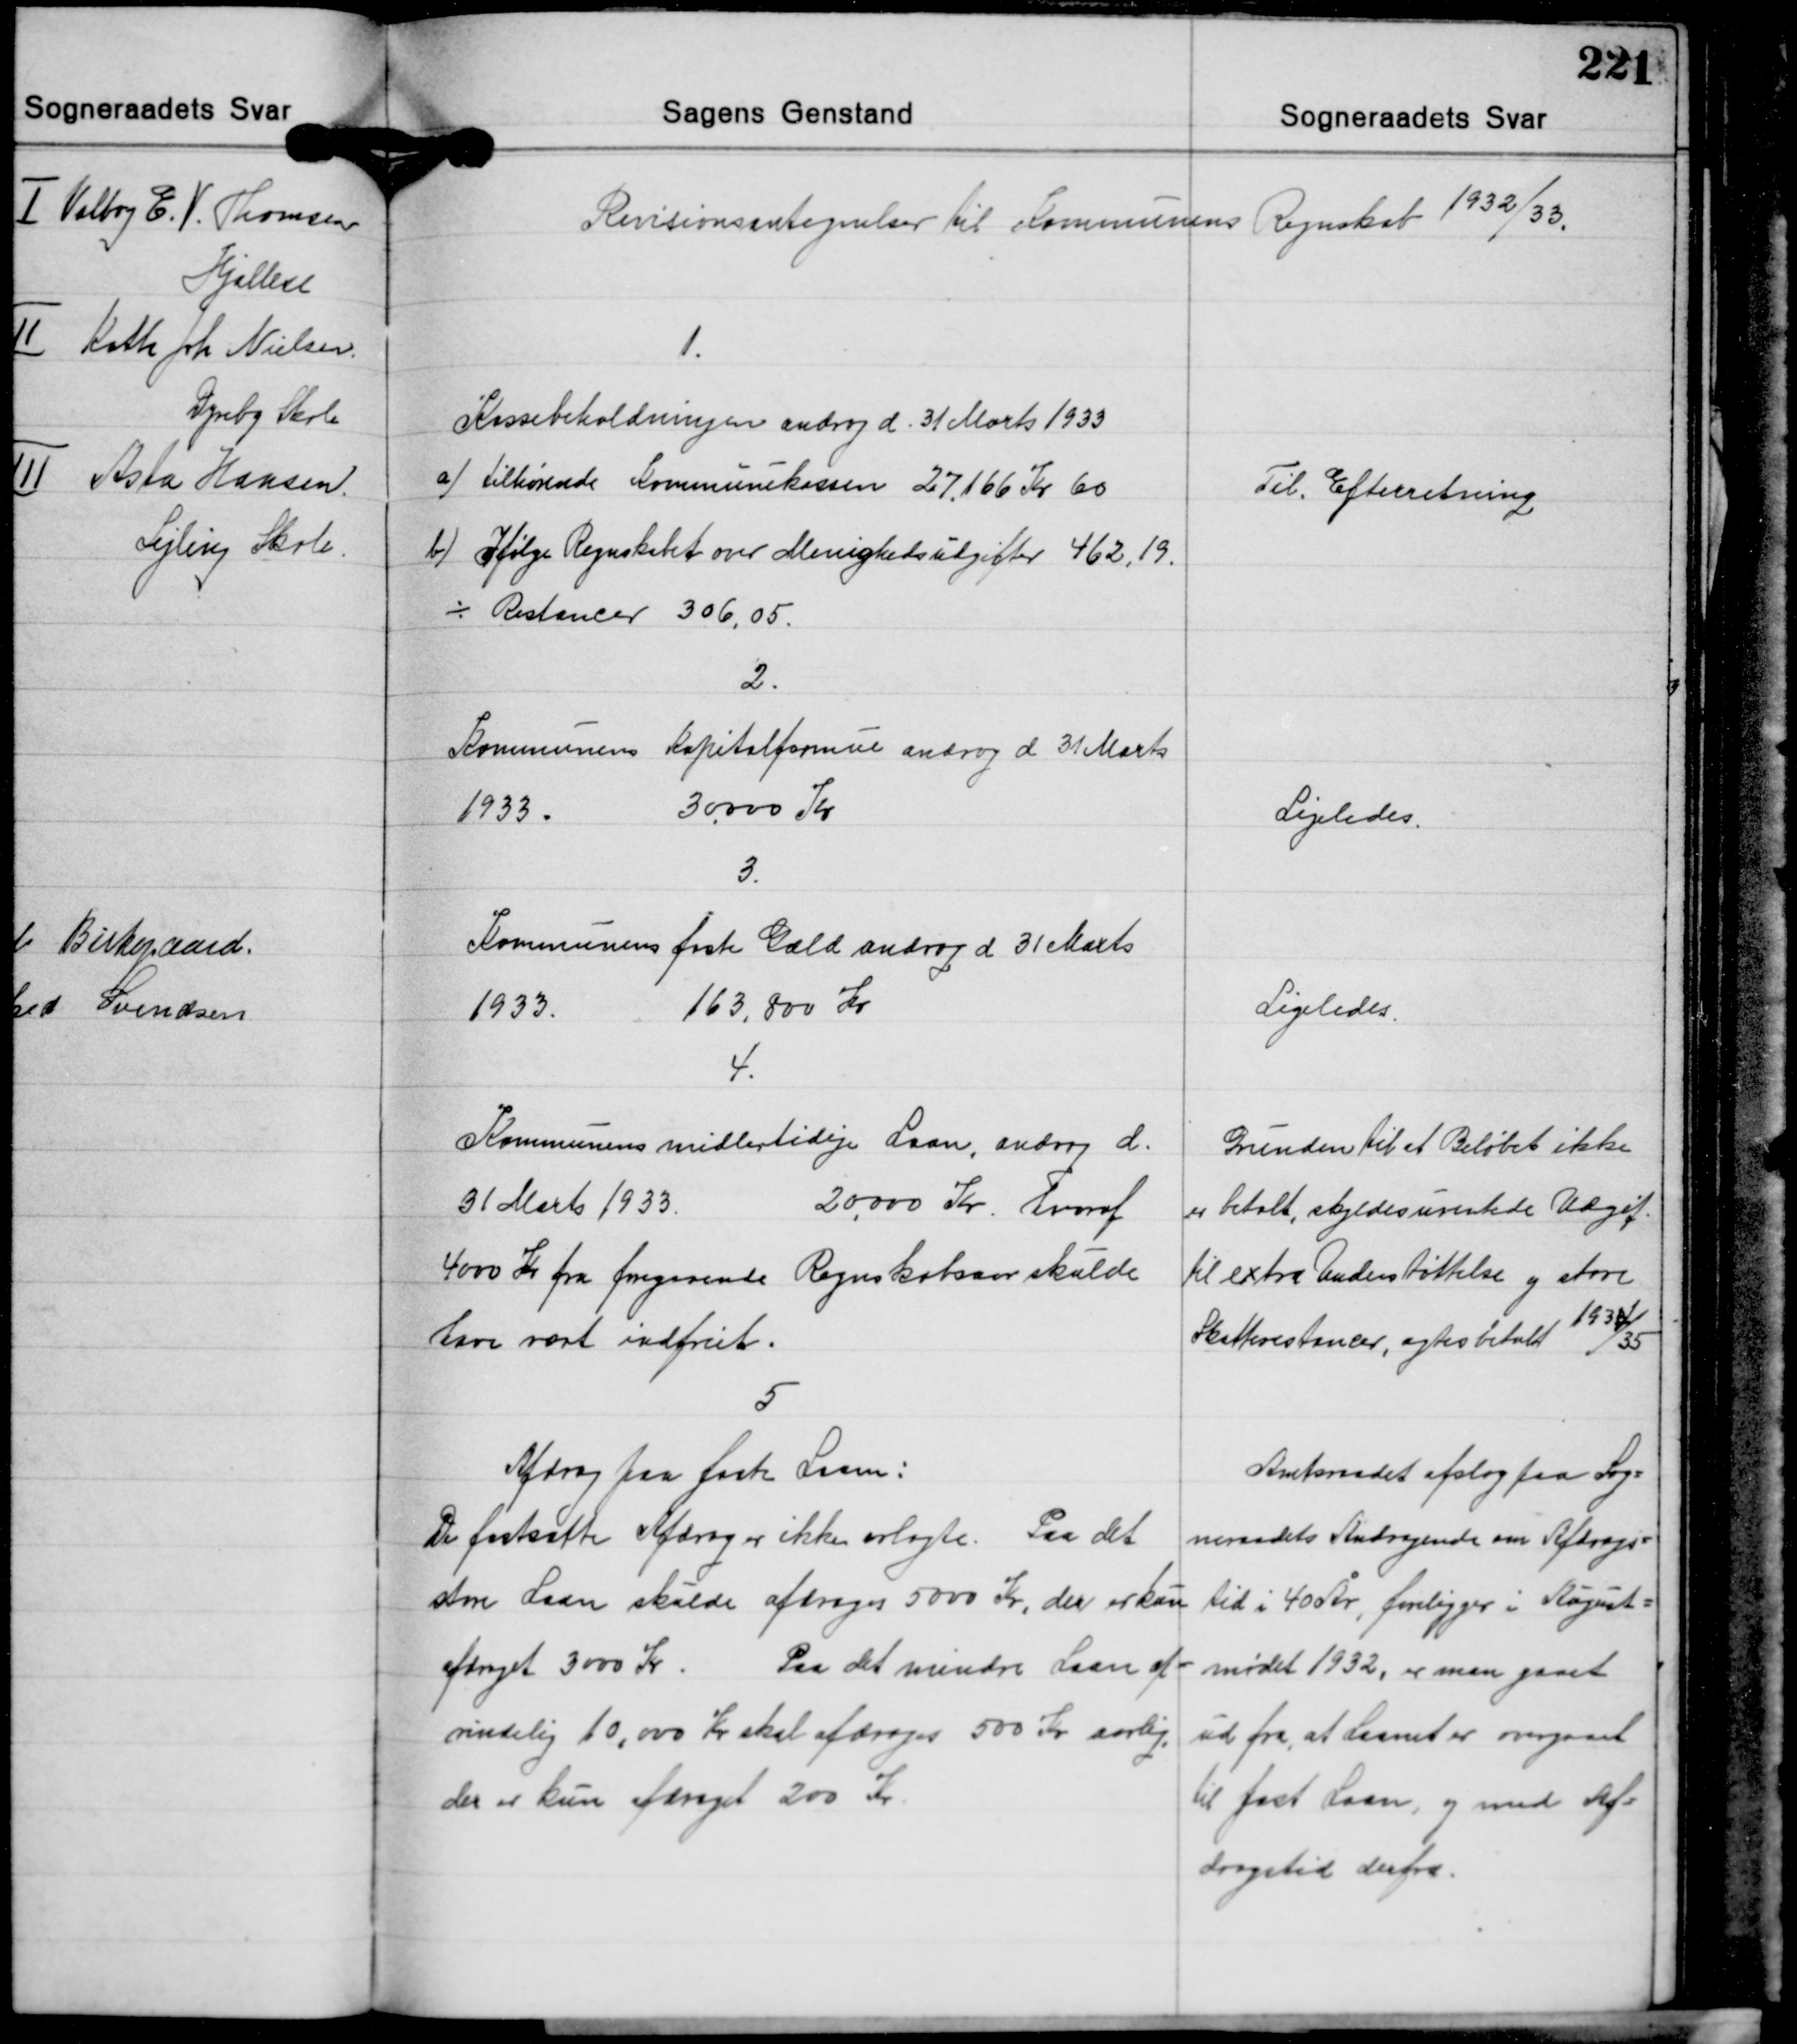
Transskription:
Revisionsantegnelser til Kommunens Regnskab 1932/33.

1.
Kassebeholdningen androg d. 31 Marts 1933
a) tilhørende Kommunekassen 27,166 Kr. 60
b) Ifølge Regnskabet over Menighedsudgifter 462,19.
÷ Restancer 306,05.

Til Efterretning

2.
Kommunens Kapitalformue androg d 31 Marts
1933.
30.000 Kr.

Ligeledes.

3.
Kommunens faste Gæld androg d 31 Marts
1933.
163,800 Kr.

Ligeledes.

4.
Kommunens midlertidige Laan, androg d.
31 Marts 1933. 20,000 Kr. hvoraf
4000 Kr. fra foregaaende Regnskabsaar skulde
have været indfriet.

Grunden til at Beløbet ikke
er betalt, skyldes uventede Udgif
til extra Understøttelse og store
Skatterestancer, agtes betalt
1934/35

Afdrag paa faste Laan:
De fastsatte Afdrag er ikke erlagte. Paa det
store Laan skulde afdrages 5000 Kr., der er kun
afdraget 3000 Kr. Paa det mindre Laan op-
rindelig 10,000 Kr. skal afdrages 500 Kr aarlig,
der er kun adraget 200 Kr.

Amtsraadet afslog paa Sog-
neraadets Andragende om Afdrags-
tid i 40 År, foreligger i August-
mødet 1932, er man gaaet
ud fra, at Laanet er overgaaet
til fast Laan, og med Af-
dragstid derfra.